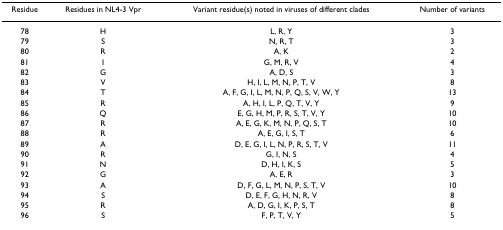
<table><thead><tr><td><b>Residue</b></td><td><b>Residues in NL4-3 Vpr</b></td><td><b>Variant residue(s) noted in viruses of different clades</b></td><td><b>Number of variants</b></td></tr></thead><tbody><tr><td>78</td><td>H</td><td>L, R, Y</td><td>3</td></tr><tr><td>79</td><td>S</td><td>N, R, T</td><td>3</td></tr><tr><td>80</td><td>R</td><td>A, K</td><td>2</td></tr><tr><td>81</td><td>I</td><td>G, M, R, V</td><td>4</td></tr><tr><td>82</td><td>G</td><td>A, D, S</td><td>3</td></tr><tr><td>83</td><td>V</td><td>H, I, L, M, N, P, T, V</td><td>8</td></tr><tr><td>84</td><td>T</td><td>A, F, G, I, L, M, N, P, Q, S, V, W, Y</td><td>13</td></tr><tr><td>85</td><td>R</td><td>A, H, I, L, P, Q, T, V, Y</td><td>9</td></tr><tr><td>86</td><td>Q</td><td>E, G, H, M, P, R, S, T, V, Y</td><td>10</td></tr><tr><td>87</td><td>R</td><td>A, E, G, K, M, N, P, Q, S, T</td><td>10</td></tr><tr><td>88</td><td>R</td><td>A, E, G, I, S, T</td><td>6</td></tr><tr><td>89</td><td>A</td><td>D, E, G, I, L, N, P, R, S, T, V</td><td>11</td></tr><tr><td>90</td><td>R</td><td>G, I, N, S</td><td>4</td></tr><tr><td>91</td><td>N</td><td>D, H, I, K, S</td><td>5</td></tr><tr><td>92</td><td>G</td><td>A, E, R</td><td>3</td></tr><tr><td>93</td><td>A</td><td>D, F, G, L, M, N, P, S, T, V</td><td>10</td></tr><tr><td>94</td><td>S</td><td>D, E, F, G, H, N, R, V</td><td>8</td></tr><tr><td>95</td><td>R</td><td>A, D, G, I, K, P, S, T</td><td>8</td></tr><tr><td>96</td><td>S</td><td>F, P, T, V, Y</td><td>5</td></tr></tbody></table>